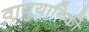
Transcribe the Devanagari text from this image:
वायुयानिकी